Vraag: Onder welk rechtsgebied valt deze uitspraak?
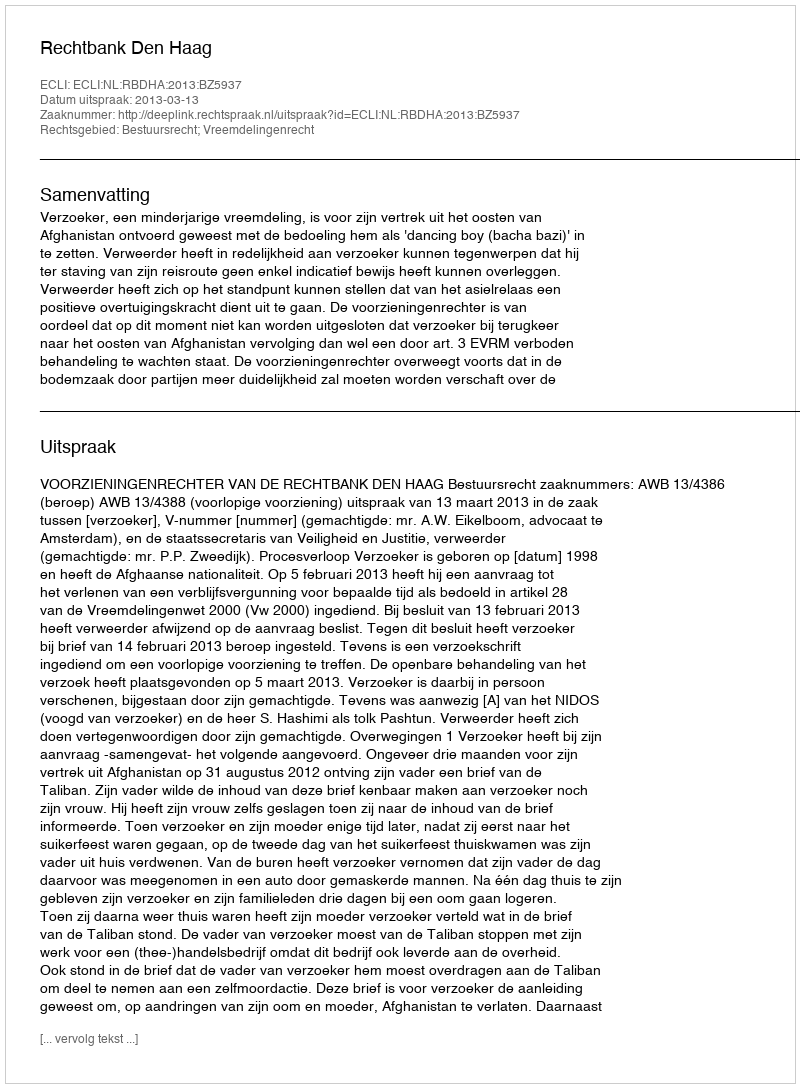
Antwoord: Bestuursrecht; Vreemdelingenrecht